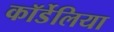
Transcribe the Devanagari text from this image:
कॉर्डेलिया